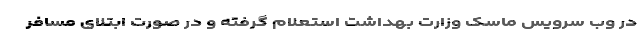
در وب سرویس ماسک وزارت بهداشت استعلام گرفته و در صورت ابتلای مسافر